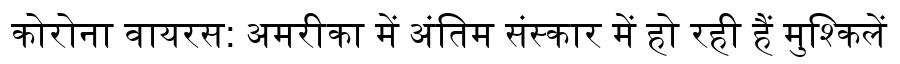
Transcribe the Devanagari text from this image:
कोरोना वायरस: अमरीका में अंतिम संस्कार में हो रही हैं मुश्किलें